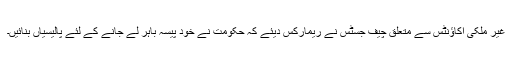
غیر ملکی اکاؤنٹس سے متعلق چیف جسٹس نے ریمارکس دیئے کہ حکومت نے خود پیسہ باہر لے جانے کے لئے پالیسیاں بنائیں۔